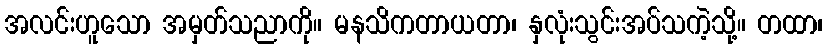
အလင်းဟူသော အမှတ်သညာကို။ မနသိကတာယတာ၊ နှလုံးသွင်းအပ်သကဲ့သို့။ တထာ၊